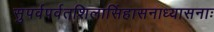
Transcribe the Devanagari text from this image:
सुपर्वपर्वतशिलासिंहासनाध्यासनाः